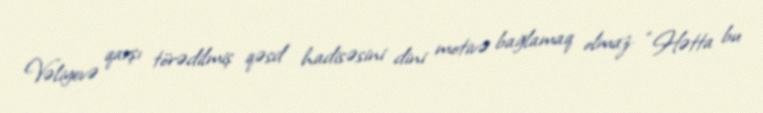
Vəliyevə qarşı törədilmiş qəsd hadisəsini dini motivə bağlamaq olmaz: “Hətta bu